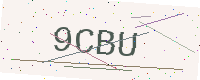
Text: 9CBU